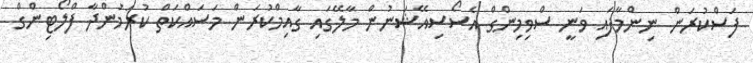
ފަސްކުރަން ނިންމާފައި ވަނީ ސްވިމިންގް އެސޯސިއޭޝަނުން މާލޭގައި ގާއިމްކުރަން މަސައްކަތް ކުރަމުންދާ ފްލޯޓިންގް